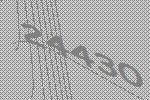
24430